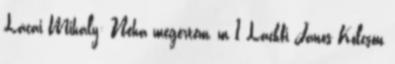
Lácai Mihály: Néha megértem, m 1 Lackfi János Kölcsön